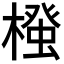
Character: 𭫷